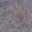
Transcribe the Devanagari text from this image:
तिखी